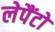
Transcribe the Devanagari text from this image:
लेपैंटो